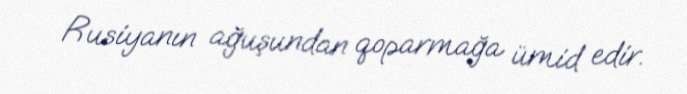
Rusiyanın ağuşundan qoparmağa ümid edir.